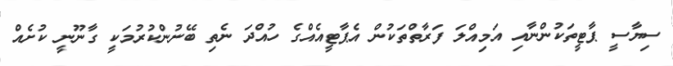
ސިޔާސީ ޕާޓީތަކުންނާއި އަމިއްލަ ފަރާތްތަކުން އެޕާޓީއެއްގެ ހުއްދަ ނެތި ބޭނުންކުރުމަކީ ގާނޫނީ ކުށެއް